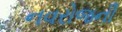
નવરોજની